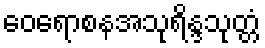
ဝေရောစနအသုရိန္ဒသုတ္တံ